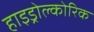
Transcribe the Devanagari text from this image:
हाइड्रोल्कोरिक